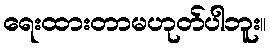
ရေးထားတာမဟုတ်ပါဘူး။